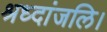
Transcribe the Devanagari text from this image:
श्रध्दांजलि।